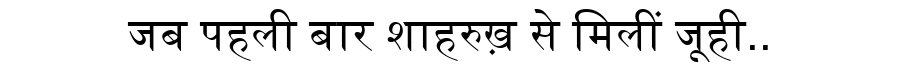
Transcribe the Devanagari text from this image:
जब पहली बार शाहरुख़ से मिलीं जूही..